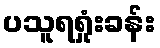
ပသူရရှုံးခန်း